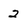
Character: 2